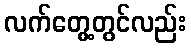
လက်တွေ့တွင်လည်း